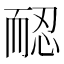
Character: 𦓖